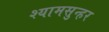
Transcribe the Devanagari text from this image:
श्यामसुन्हर